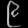
Digit: ၉